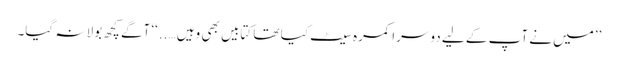
’’میں نے آپ کے لیے دوسرا کمرہ سیٹ کیا تھا کتابیں بھی وہیں …..‘‘ آگے کچھ بولا نہ گیا۔